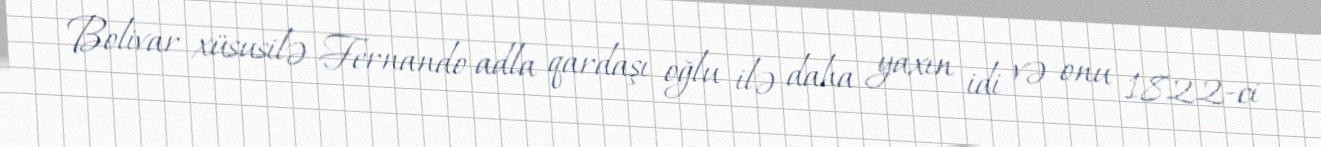
Bolivar xüsusilə Fernando adla qardaşı oğlu ilə daha yaxın idi və onu 1822-ci